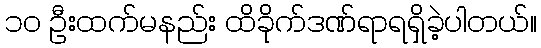
၁၀ ဦးထက်မနည်း ထိခိုက်ဒဏ်ရာရရှိခဲ့ပါတယ်။